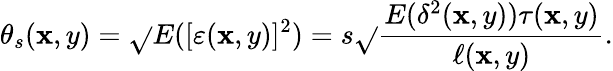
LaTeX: \theta_{s}(\mathbf{x},y)=\sqrt{}{{E([\varepsilon(\mathbf{x},y)]^{2})}}=s\sqrt{}{{\frac{{E(\delta^{2}(\mathbf{x},y))\tau(\mathbf{x},y)}}{{\ell(\mathbf{x},y)}}}}.